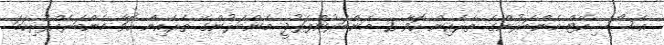
އެސޯސިއޭޓް މެންބަރުންގެ ތެރެއިން ހޮވާ 2 މެންބަރުންފަރުދީ މެންބަރުންގެ ތެރެއިން ހޮވާ މެންބަރެއްފުރިހަމަ